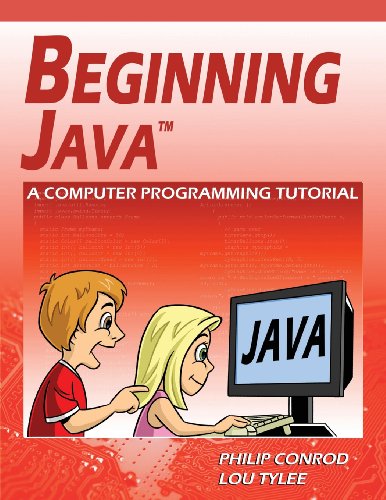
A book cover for Beginning Java: A Computer Programming Tutorial; Philip Conrod; Children's Books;